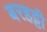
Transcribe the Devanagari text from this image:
बरहट्टी